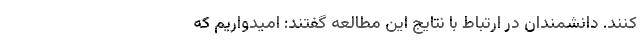
‌کنند. دانشمندان در ارتباط با نتایج این مطالعه گفتند: امیدواریم که